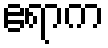
ဧရာက